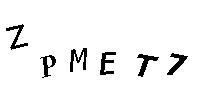
ZPEMT7